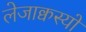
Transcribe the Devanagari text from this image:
लेजाक्वस्यों